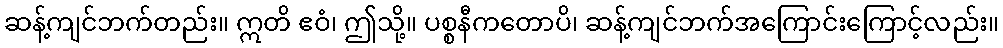
ဆန့်ကျင်ဘက်တည်း။ ဣတိ ဧဝံ၊ ဤသို့။ ပစ္စနီကတောပိ၊ ဆန့်ကျင်ဘက်အကြောင်းကြောင့်လည်း။